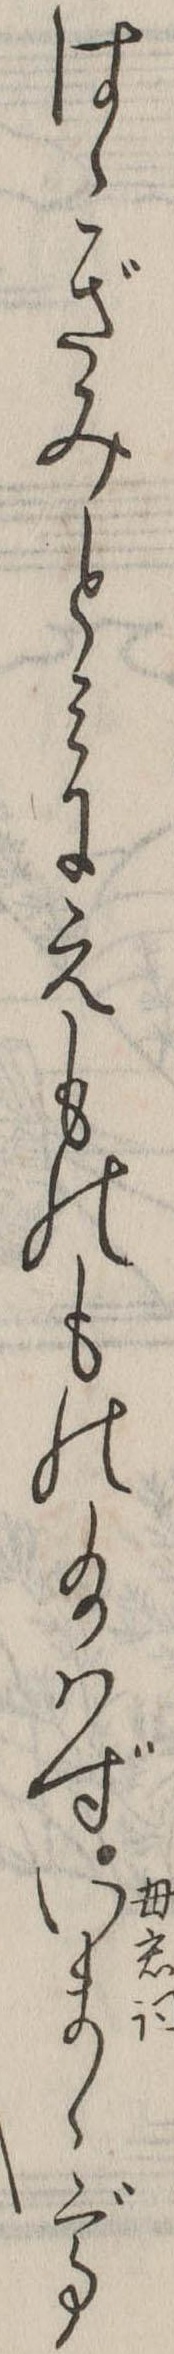
はゝぎみとみにえものもの給はずいまゝで